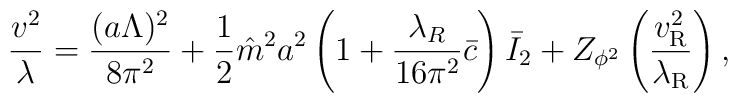
\frac{v^2}{\lambda}=\frac{(a\Lambda)^2}{8\pi^2}+\frac{1}{2}\hat{m}^2a^2\left(1+\frac{\lambda_R}{16\pi^2}\bar{c}\right)\bar{I}_2+Z_{\phi^2}\left(\frac{v_{\rm R}^2}{\lambda_{\rm R}}\right),